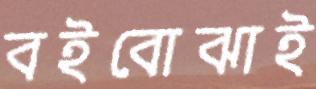
বইবোঝাই